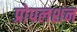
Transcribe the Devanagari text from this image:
प्रोपलशन